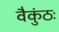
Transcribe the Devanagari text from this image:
वैकुंठः